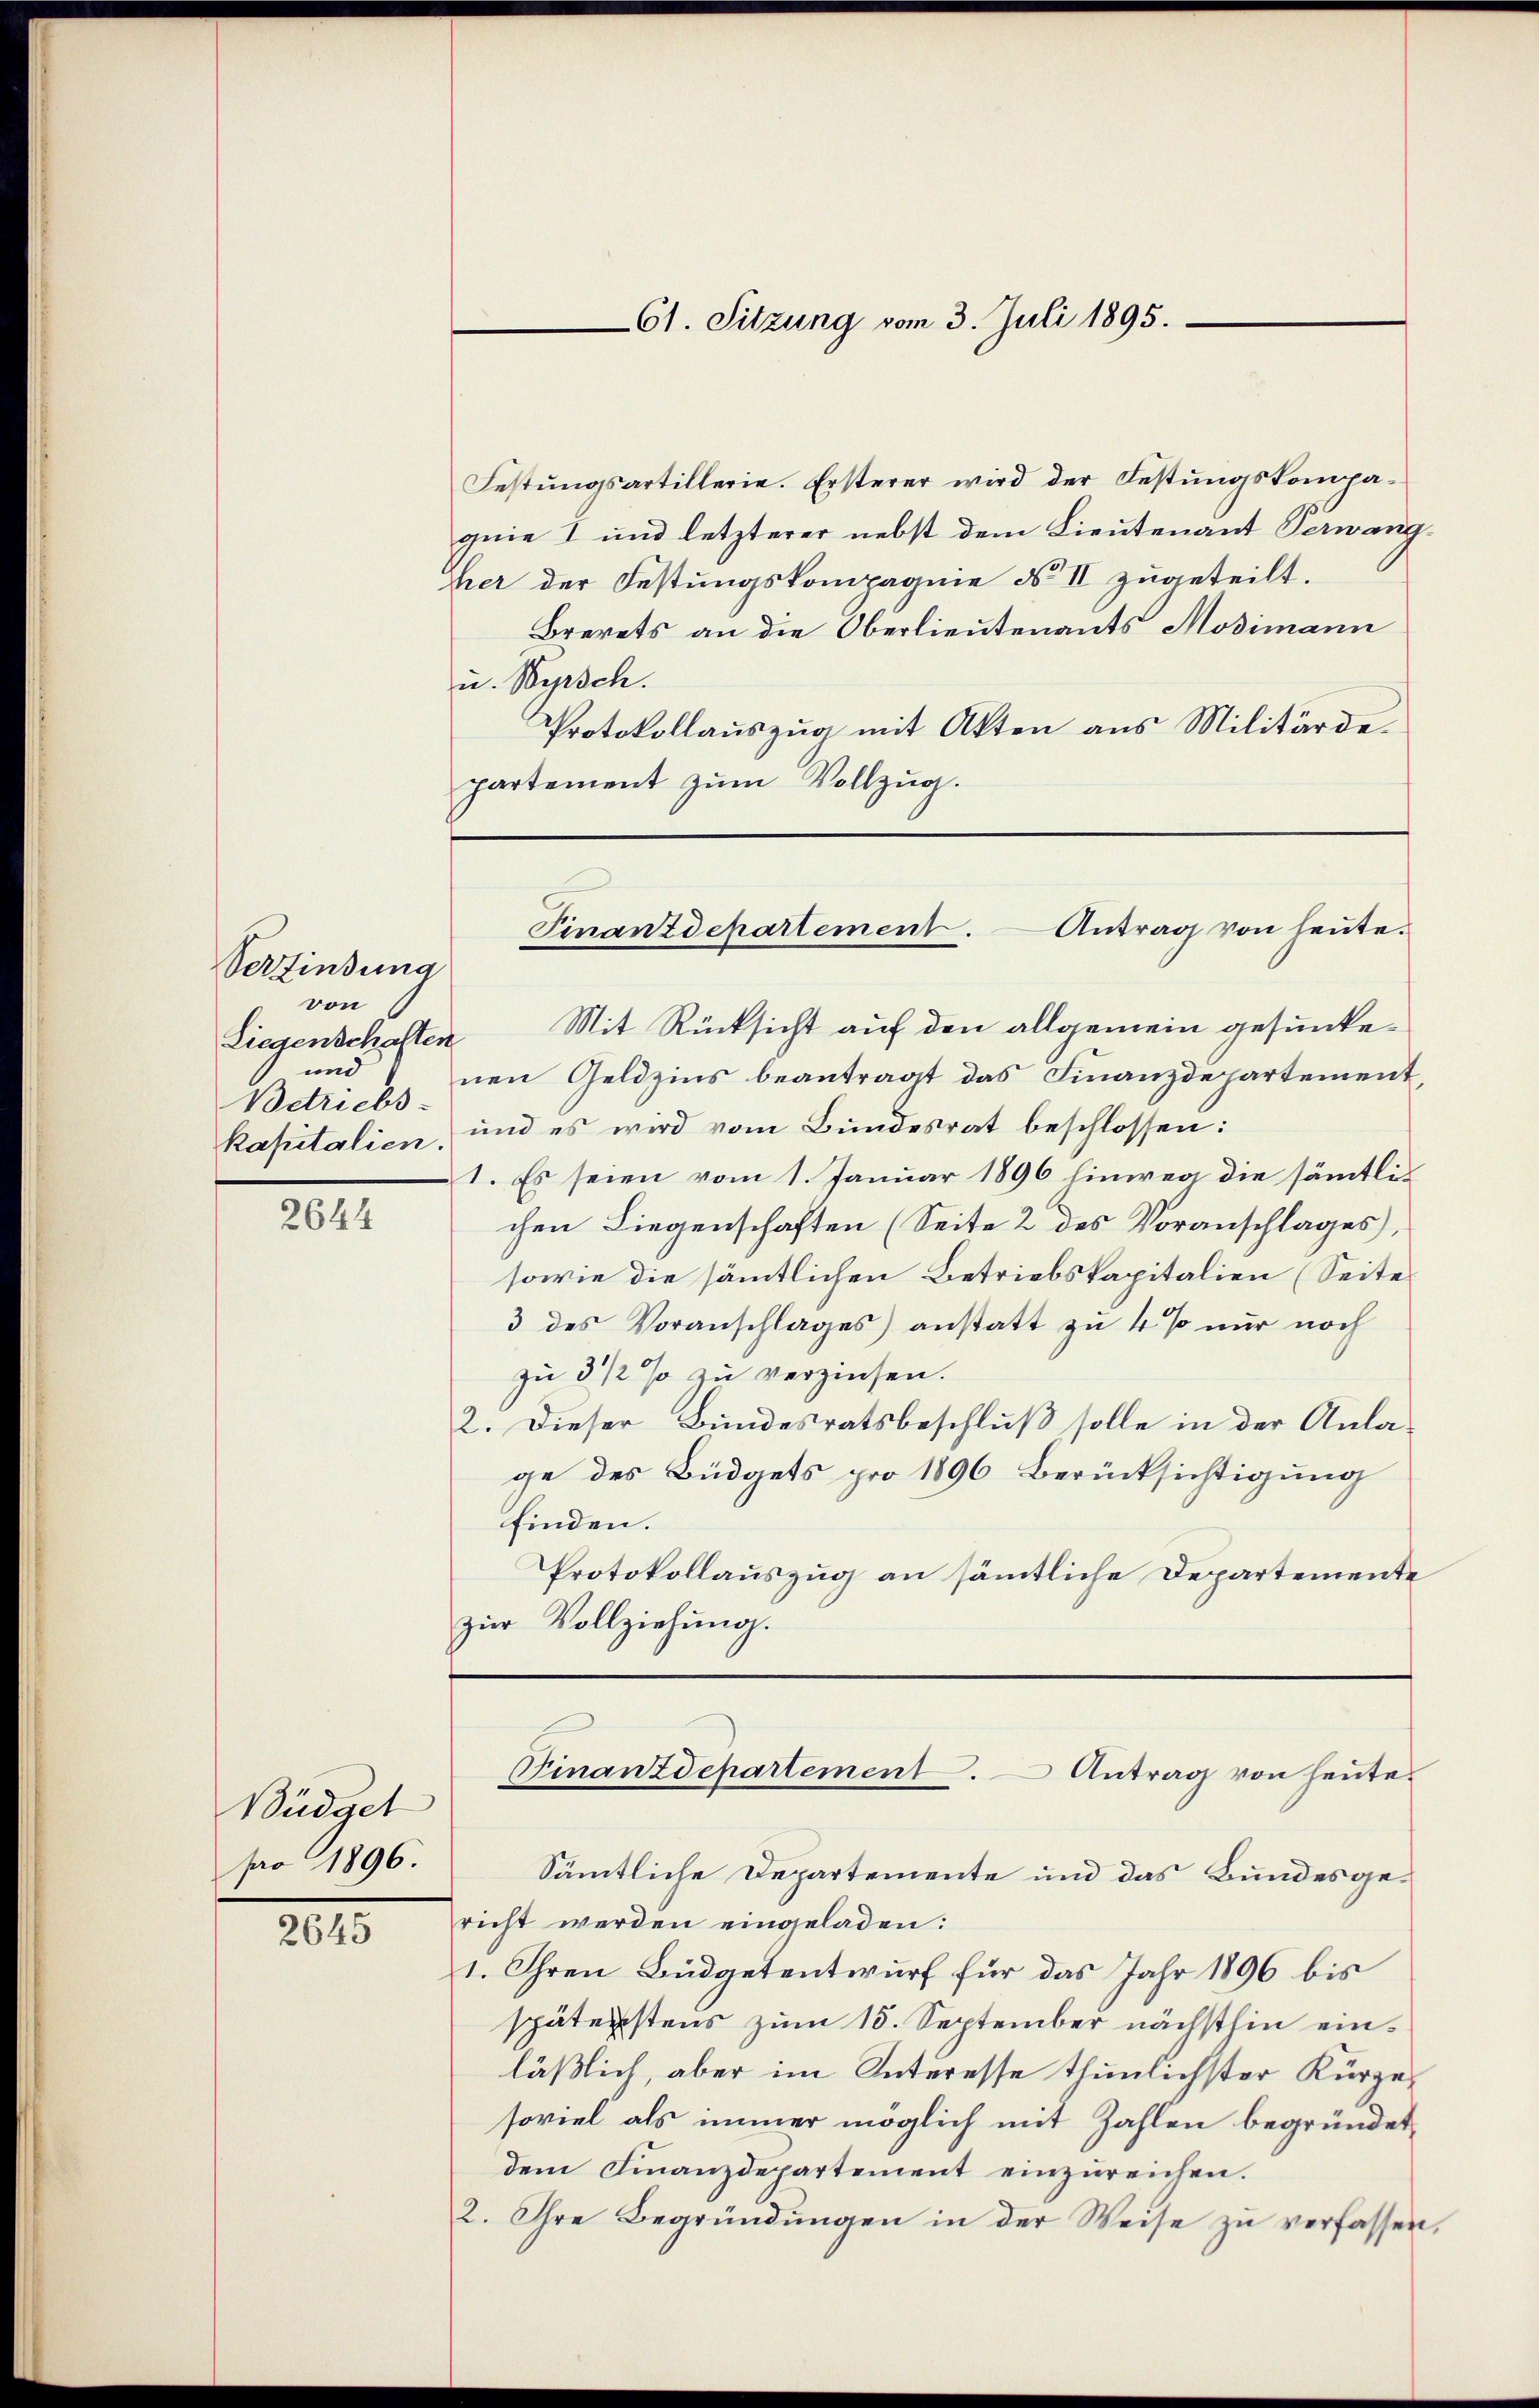
Verfindung
von
Liegenschaften
und
Betriebs
kapitalien.

2644

Büdact
pro 1896.

2645

Festungsartillerie. Ersterer wird der Festungskompagnie I und letzterer nebst dem Lieutenant Verwang.
hher der Festungskompagnie No II zugeteilt.
Brevets an die Oberlieutenants Mosimann
u. Wyrsch.
Protokollauszug mit Akten aus Militärdepartement zŭm Vollzug.

61. Sitzung vom 3. Juli 1895.

Mit Rücksicht auf den allgemein gesunkenen Geldzins beantragt das Finanzdepartement,
und es wird vom Bundesrat beschlossen:
1. Es seien vom 1. Januar 1896 hinweg die sämtlichen Liegenschaften (Seite 2 des Voranschlages,
sowie die sämmtlichen Betriebskapitalien (Seite
3 des Voranschlages) anstatt zu 4 % nur noch
zu 3 1/2 % zu verzinsen.
2. Dieser Bundesratsbeschluß solle in der Anlage des Büdgets pro 1896 Berücksichtigung
finden.
Protokollauszug an sämmtliche Departemente
zŭr Vollziehung.

Finanzdepartement. Antrag von heute.

Finanzdepartement. Antrag von heute.

Sämtliche Departemente und das Bundesgericht werden eingeladen:
1. Ihren Büdgetentwurf für das Jahr 1896 bis
späterstens zum 15. September nächsthin einläßlich, aber im Interesse thunlichster Kürzesoviel als immer möglich mit Zahlen begründet,
dem Finanzdepartement einzŭreichen.
2. Ihre Begründŭngen in der Weise zŭ verfassen,